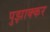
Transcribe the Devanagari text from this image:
पुझाक्कर